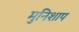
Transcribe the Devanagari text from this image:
मुनिशाप